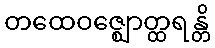
တထေဝဇ္ဈောတ္ထရန္တိ